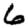
Digit: 6